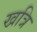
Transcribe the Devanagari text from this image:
खत्रि